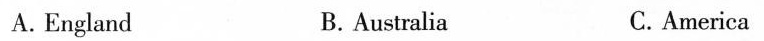
A.England B. Australia C.America